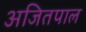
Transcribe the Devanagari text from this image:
अजितपाल